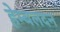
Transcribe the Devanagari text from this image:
हेम्बलदन